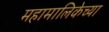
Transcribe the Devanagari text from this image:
महामालिकेच्या